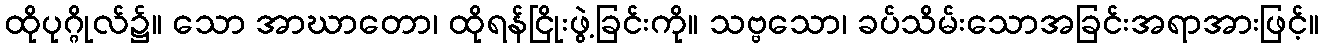
ထိုပုဂ္ဂိုလ်၌။ သော အာဃာတော၊ ထိုရန်ငြိုးဖွဲ့ခြင်းကို။ သဗ္ဗသော၊ ခပ်သိမ်းသောအခြင်းအရာအားဖြင့်။